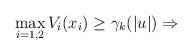
LaTeX: \begin{align*}\max_{i=1,2}V_i(x_i)\geq\gamma_k(|u|)\Rightarrow\end{align*}